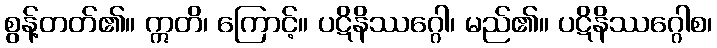
စွန့်တတ်၏။ ဣတိ၊ ကြောင့်။ ပဋိနိဿဂ္ဂေါ၊ မည်၏။ ပဋိနိဿဂ္ဂေါစ၊